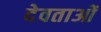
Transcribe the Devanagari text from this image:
देवताओं